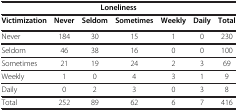
<table><thead><tr><td colspan="7"><b>Loneliness</b></td></tr><tr><td><b>Victimization</b></td><td><b>Never</b></td><td><b>Seldom</b></td><td><b>Sometimes</b></td><td><b>Weekly</b></td><td><b>Daily</b></td><td><b>Total</b></td></tr></thead><tbody><tr><td>Never</td><td>184</td><td>30</td><td>15</td><td>1</td><td>0</td><td>230</td></tr><tr><td>Seldom</td><td>46</td><td>38</td><td>16</td><td>0</td><td>0</td><td>100</td></tr><tr><td>Sometimes</td><td>21</td><td>19</td><td>24</td><td>2</td><td>3</td><td>69</td></tr><tr><td>Weekly</td><td>1</td><td>0</td><td>4</td><td>3</td><td>1</td><td>9</td></tr><tr><td>Daily</td><td>0</td><td>2</td><td>3</td><td>0</td><td>3</td><td>8</td></tr><tr><td>Total</td><td>252</td><td>89</td><td>62</td><td>6</td><td>7</td><td>416</td></tr></tbody></table>